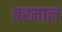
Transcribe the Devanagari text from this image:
बरमाल